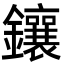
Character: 鑲